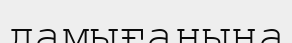
дамығанына